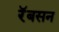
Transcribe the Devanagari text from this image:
रॅबसन